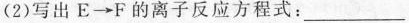
(2)写出E\rightarrow F的离子反应方程式：___